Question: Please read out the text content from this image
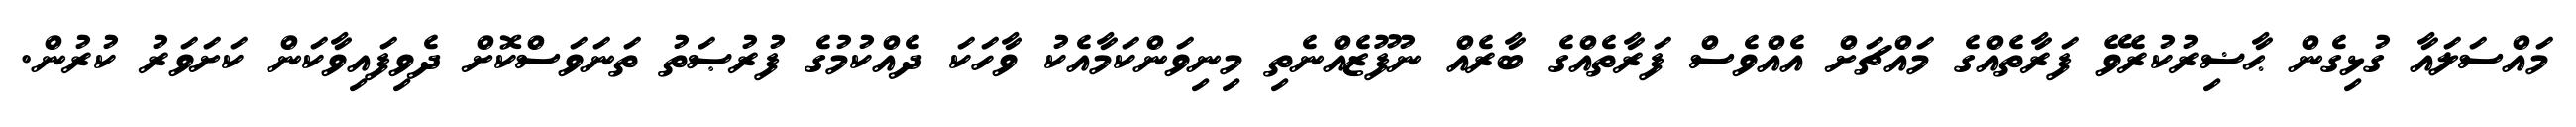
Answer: މައްސަލައާ ގުޅިގެން ޙާޟިރުކުރެވޭ ފަރާތެއްގެ މައްޗަށް އެއްވެސް ފަރާތެއްގެ ބާރެއް ނުފޫޒެއްނެތި މިނިވަންކަމާއެކު ވާހަކަ ދެއްކުމުގެ ފުރުޞަތު ތަނަވަސްކޮށް ދެވިފައިވާކަން ކަށަވަރު ކުރުން.